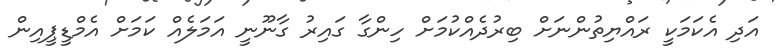
އަދި އެކަމަކީ ރައްޔިތުންނަށް ބިރުދެއްކުމަށް ހިންގާ ގައިރު ގާނޫނީ އަމަލެއް ކަމަށް އެމްޑީޕީއިން